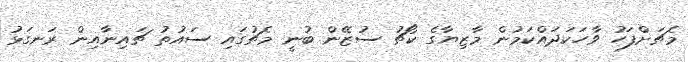
މެޗަށްފަހު ވާހަކަދައްކަމުން މާޒިޔާގެ ކޯޗު ސުޒޭން ބުނީ މެޗުގައި ސައުތު ޗައިނާއިން ރަނގަޅު